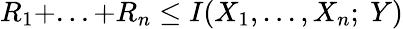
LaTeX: R_{1}+...+R_{n}\leq I(X_{1},...,X_{n};~Y)